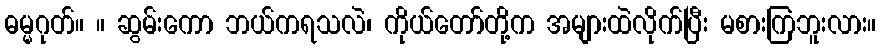
ဓမ္မဂုတ်။ ။ ဆွမ်းကော ဘယ်ကရသလဲ၊ ကိုယ်တော်တို့က အများထဲလိုက်ပြီး မစားကြဘူးလား။